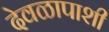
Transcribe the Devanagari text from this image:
देवळापाशी